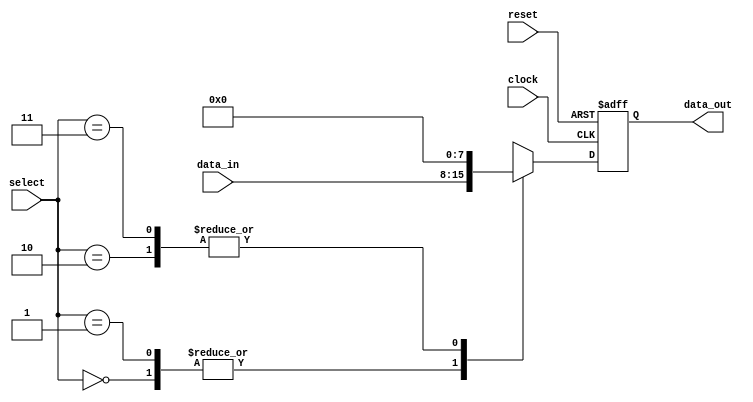
module mux_demux_buffer (
    input wire [7:0] data_in,
    input wire [1:0] select,
    input wire clock,
    input wire reset,
    output reg [7:0] data_out
);

always @(posedge clock or posedge reset) begin
    if (reset) begin
        data_out <= 8'b0;
    end else begin
        case (select)
            2'b00: data_out <= data_in;
            2'b01: data_out <= data_in;
            2'b10: data_out <= 8'b0;
            2'b11: data_out <= 8'b0;
            default: data_out <= 8'b0;
        endcase
    end
end

endmodule